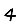
Digit: 4